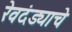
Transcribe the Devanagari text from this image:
रेवदंड्याचे